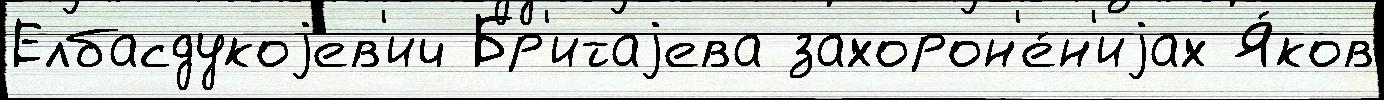
Елбасдукоjев'ич Бр'итаjева захорон'е́н'иjах Я́ков